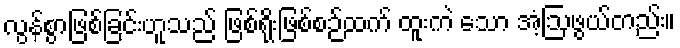
လွန်စွာဖြစ်ခြင်းဟူသည် ဖြစ်ရိုးဖြစ်စဉ်ထက် ထူးကဲ သော အံ့ဩဖွယ်တည်း။